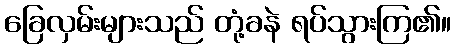
ခြေလှမ်းများသည် တုံ့ခနဲ ရပ်သွားကြ၏။